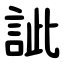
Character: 訿